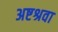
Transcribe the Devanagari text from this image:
अष्टश्रवा